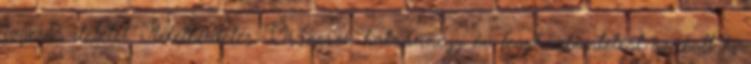
jogerős ítéletet. Ítélethirdetés. Összesen hatvannégy év fegyházbüntetést szabott ki